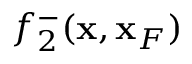
f _ { 2 } ^ { - } ( { \bf x } , { \bf x } _ { F } )